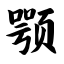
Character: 颚